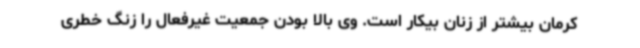
کرمان بیشتر از زنان بیکار است. وی بالا بودن جمعیت غیرفعال را زنگ خطری